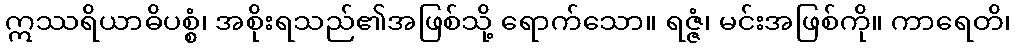
ဣဿရိယာဓိပစ္စံ၊ အစိုးရသည်၏အဖြစ်သို့ ရောက်သော။ ရဇ္ဇံ၊ မင်းအဖြစ်ကို။ ကာရေတိ၊